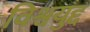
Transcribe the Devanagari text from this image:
विश्वयुद्द